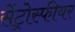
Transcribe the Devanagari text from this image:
सेंट्रोस्फीयर